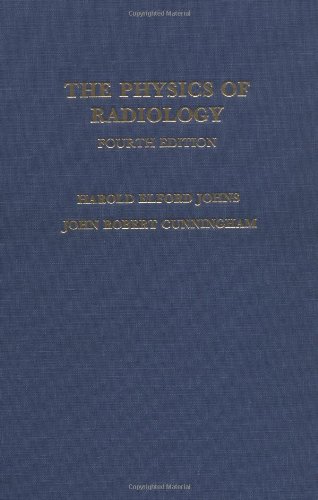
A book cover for Physics of Radiology,  Fourth Edition; Harold Elford Johns; Science & Math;